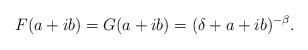
LaTeX: \begin{align*}F(a+ib) = G(a+ib) = (\delta+a+ib)^{-\beta}.\end{align*}